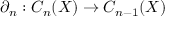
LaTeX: \partial _ { n } : C _ { n } ( X ) \to C _ { n - 1 } ( X )